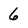
Character: 6